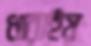
ধারাইয়